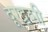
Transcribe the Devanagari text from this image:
दूरद्र्शी